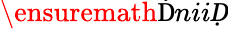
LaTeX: \ensuremath{\mathrm ḊniiḌ}